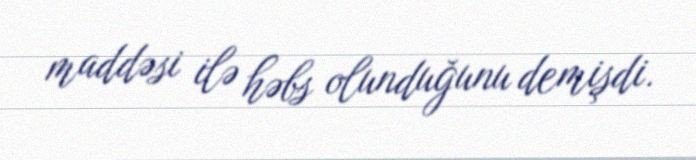
maddəsi ilə həbs olunduğunu demişdi.